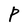
Character: P